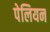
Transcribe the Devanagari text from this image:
पेलियन